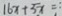
1 6 x + 5 x =